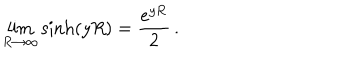
\lim _ { R \to \infty } \sinh ( y R ) = \frac { e ^ { y R } } { 2 } \, { . }